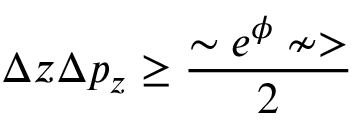
\Delta z \Delta p _ { z } \geq \frac { \sim e ^ { \phi } \nsim > } { 2 }